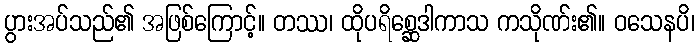
ပွားအပ်သည်၏ အဖြစ်ကြောင့်။ တဿ၊ ထိုပရိစ္ဆေဒါကာသ ကသိုဏ်း၏။ ဝသေနပိ၊